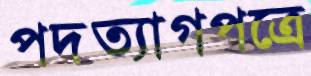
পদত্যাগপত্রে